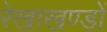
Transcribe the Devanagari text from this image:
रेखाखण्डों